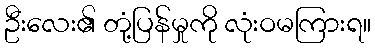
ဦးလေး၏ တုံ့ပြန်မှုကို လုံးဝမကြားရ။